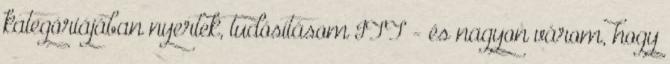
kategóriájában nyertek, tudósításom ITT - és nagyon várom, hogy